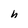
Character: h